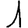
Digit: 1